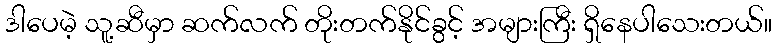
ဒါပေမဲ့ သူ့ဆီမှာ ဆက်လက် တိုးတက်နိုင်ခွင့် အများကြီး ရှိနေပါသေးတယ်။